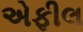
એફીલ